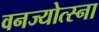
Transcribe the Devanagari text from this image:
वनज्योत्स्ना